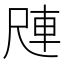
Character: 𪨑